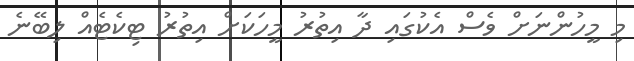
މި މީހުންނަށް ވެސް އެކުގައި ދާ އިތުރު މީހަކަށް އިތުރު ޓިކެޓެއް ލިބޭނެ